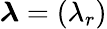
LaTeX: {\boldsymbol{\lambda}}=(\lambda_{r})